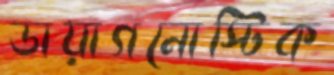
ডায়াগনোস্টিক